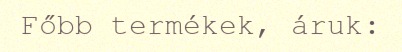
Főbb termékek, áruk: